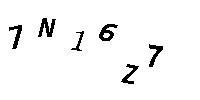
7N16Z7